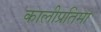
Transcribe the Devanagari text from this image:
कालीप्रतिमा